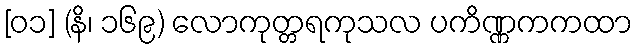
[၀၁] (နိ၊ ၁၆၉) လောကုတ္တရကုသလ ပကိဏ္ဏကကထာ